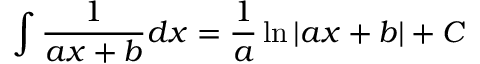
\int { \frac { 1 } { a x + b } } d x = { \frac { 1 } { a } } \ln \left| a x + b \right| + C